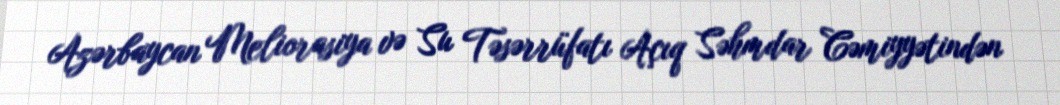
Azərbaycan Meliorasiya və Su Təsərrüfatı Açıq Səhmdar Cəmiyyətindən